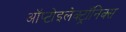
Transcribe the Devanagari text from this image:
ऑप्टोइलेक्ट्रॉनिक्स